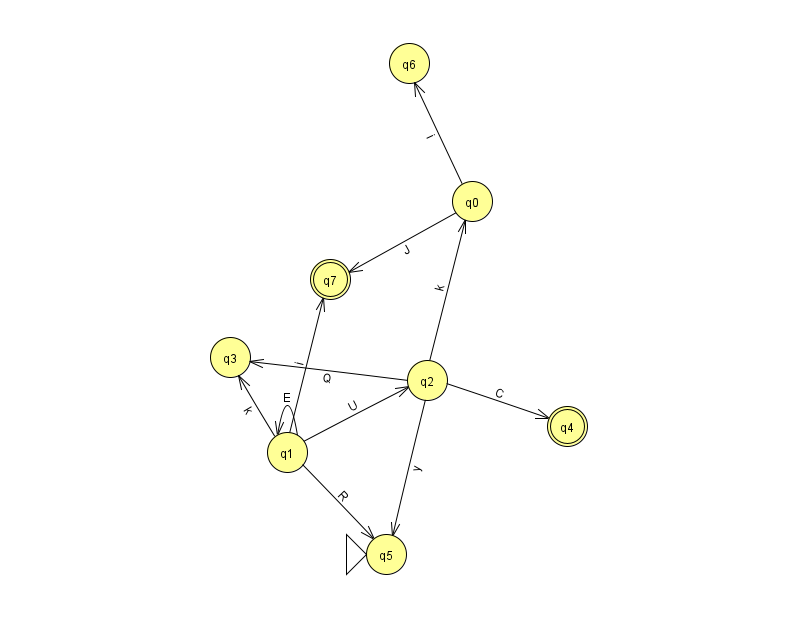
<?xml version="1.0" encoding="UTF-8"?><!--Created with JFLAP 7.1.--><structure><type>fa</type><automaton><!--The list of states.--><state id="0" name="q0"><x>472.0</x><y>188.0</y></state><state id="1" name="q1"><x>287.0</x><y>439.0</y></state><state id="2" name="q2"><x>427.0</x><y>367.0</y></state><state id="3" name="q3"><x>230.0</x><y>344.0</y></state><state id="4" name="q4"><x>567.0</x><y>413.0</y><final/></state><state id="5" name="q5"><x>386.0</x><y>541.0</y><initial/></state><state id="6" name="q6"><x>409.0</x><y>50.0</y></state><state id="7" name="q7"><x>330.0</x><y>266.0</y><final/></state><!--The list of transitions.--><transition><from>1</from><to>5</to><read>R</read></transition><transition><from>2</from><to>4</to><read>C</read></transition><transition><from>1</from><to>2</to><read>U</read></transition><transition><from>1</from><to>1</to><read>E</read></transition><transition><from>2</from><to>3</to><read>Q</read></transition><transition><from>1</from><to>3</to><read>k</read></transition><transition><from>1</from><to>7</to><read>i</read></transition><transition><from>2</from><to>0</to><read>k</read></transition><transition><from>0</from><to>6</to><read>i</read></transition><transition><from>2</from><to>5</to><read>y</read></transition><transition><from>0</from><to>7</to><read>J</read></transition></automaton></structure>